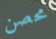
محصن